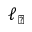
\ell _ { \perp }